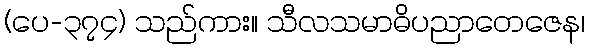
(ပေ-၃၇၄) သည်ကား။ သီလသမာဓိပညာတေဇေန၊